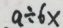
a \div 6 x